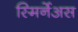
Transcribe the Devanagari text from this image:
स्मिर्नेअस